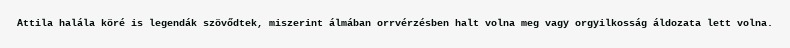
Attila halála köré is legendák szövődtek, miszerint álmában orrvérzésben halt volna meg vagy orgyilkosság áldozata lett volna.